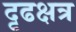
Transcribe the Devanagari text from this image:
दृढक्षत्र